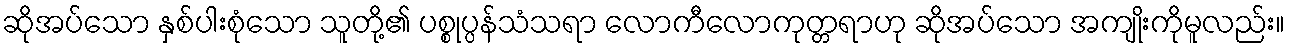
ဆိုအပ်သော နှစ်ပါးစုံသော သူတို့၏ ပစ္စုပ္ပန်သံသရာ လောကီလောကုတ္တရာဟု ဆိုအပ်သော အကျိုးကိုမူလည်း။